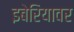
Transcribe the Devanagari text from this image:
इबेरियावर